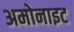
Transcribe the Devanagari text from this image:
अमोनाइट